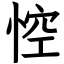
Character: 悾